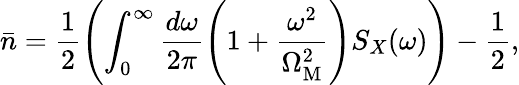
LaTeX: \bar{n}=\frac{1}{2}\left(\int_{0}^{\infty}\frac{d\omega}{2\pi}\left(1+\frac{\omega^{2}}{\Omega_{\mathrm{M}}^{2}}\right)S_{X}(\omega)\right)-\frac{1}{2},